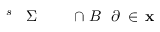
\! \! \! \! \! \! \! \! \! \! \! \mathbf { x } \! \! \! \! \! \! \! \! \! \! \! \! \in \! \! \! \! \! \! \! \! \! \! \! \! \partial \! \! \! \! \! \! \! \! \! \! \! \! B \! \! \! \! \! \! \! \! \! \! \! \! \cap \! \! \! \! \! \! \! \! \! \! \! \! \! \! \! \! \! \! \! \! \! \! \! \! \Sigma \! \! \! \! \! \! \! \! \! \! \! \! ^ { s } \! \! \! \! \! \! \! \! \! \! \!